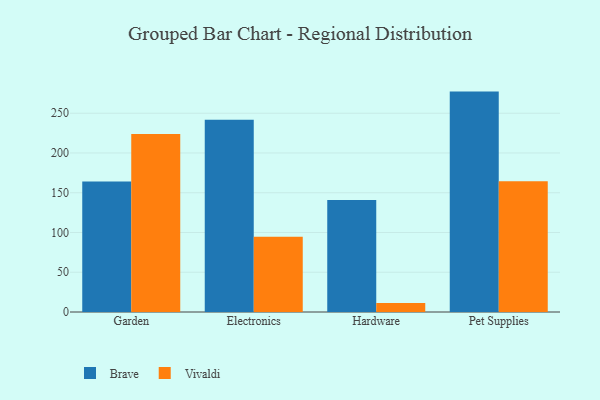
{"axis": {"x": "Category", "y": "Net Income (USD K)"}, "legend": ["Brave", "Vivaldi"], "data": [{"x": "Garden", "y": 164.1, "type": "Brave"}, {"x": "Garden", "y": 223.9, "type": "Vivaldi"}, {"x": "Electronics", "y": 241.8, "type": "Brave"}, {"x": "Electronics", "y": 94.8, "type": "Vivaldi"}, {"x": "Hardware", "y": 140.9, "type": "Brave"}, {"x": "Hardware", "y": 11.4, "type": "Vivaldi"}, {"x": "Pet Supplies", "y": 277.2, "type": "Brave"}, {"x": "Pet Supplies", "y": 164.5, "type": "Vivaldi"}]}